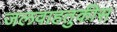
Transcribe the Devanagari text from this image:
जलवाहतुकीस